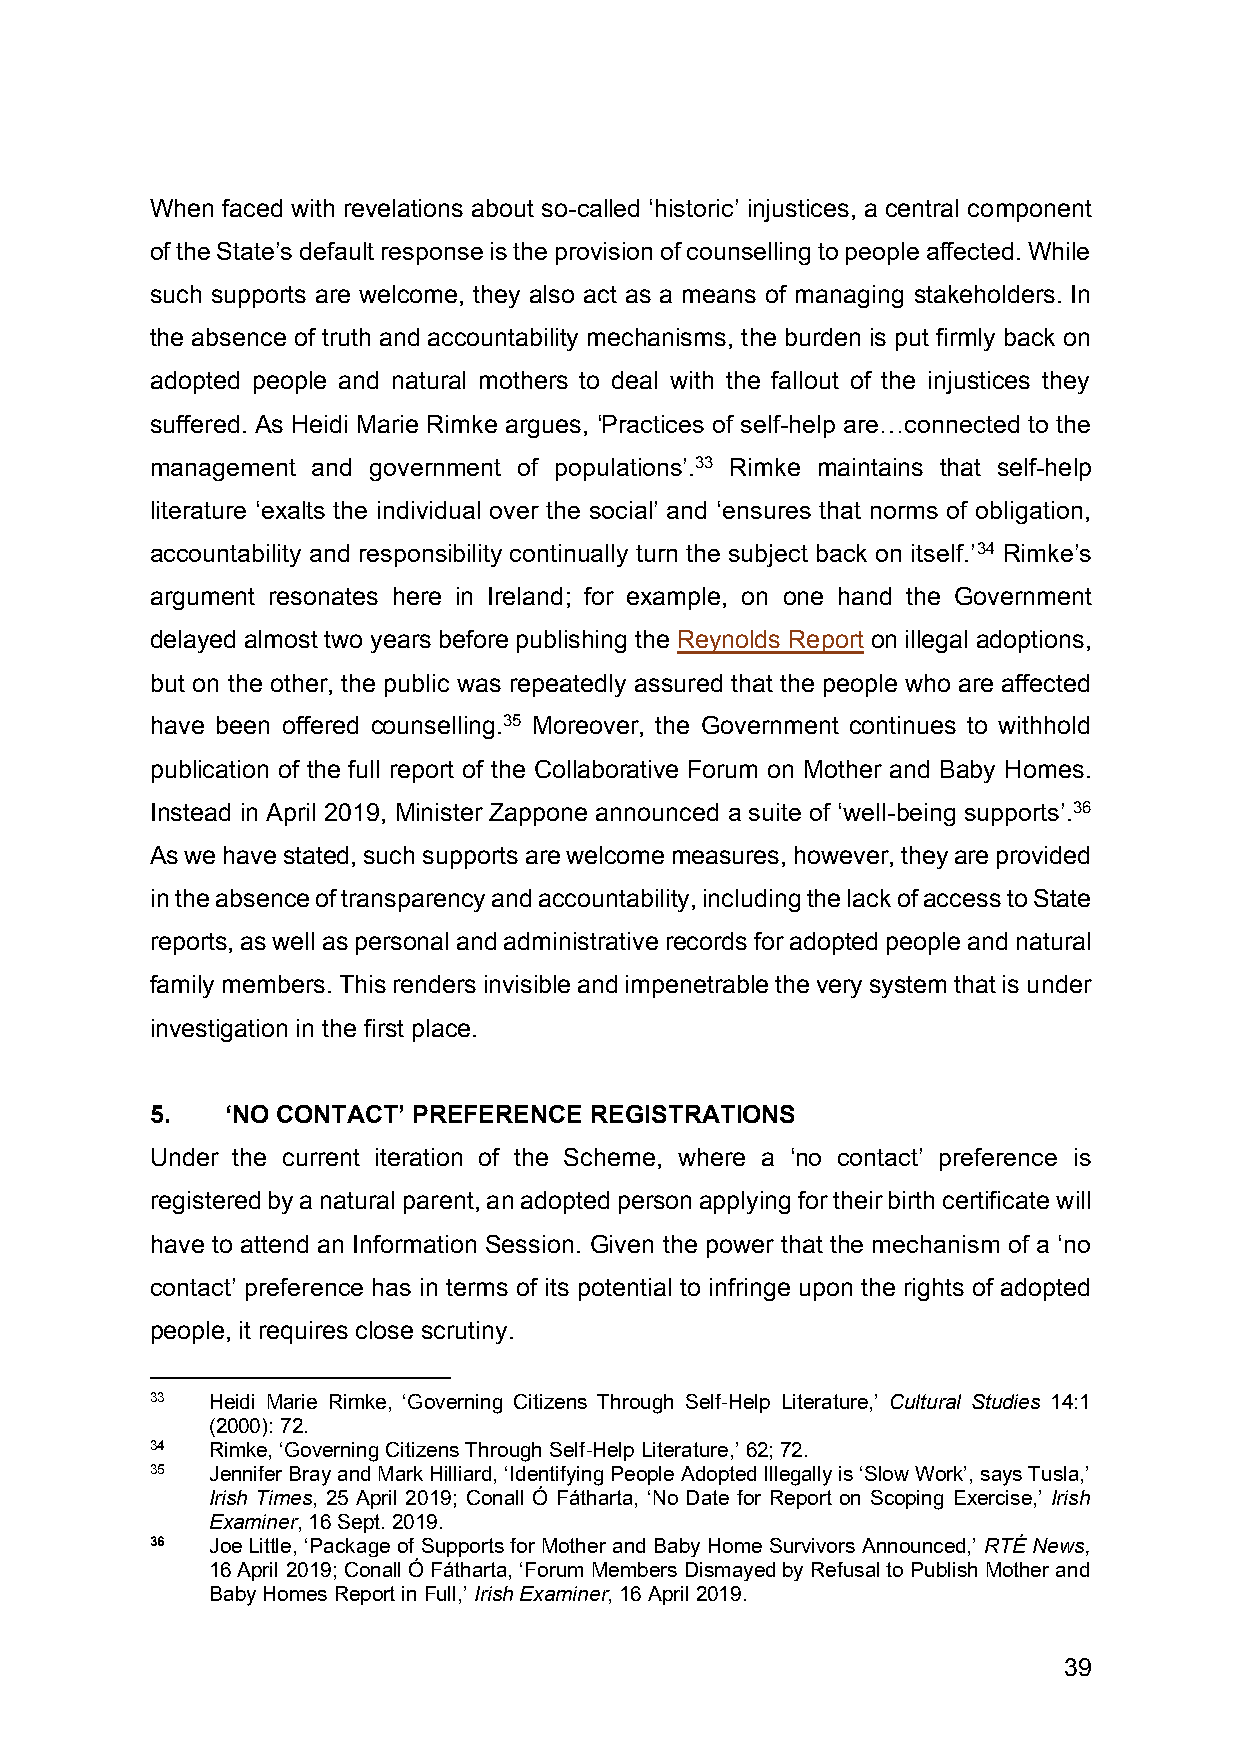
When faced with revelations about so-called ‘historic’ injustices, a central component
 of the State’s default response is the provision of counselling to people affected. While
 such supports are welcome, they also act as a means of managing stakeholders. In
 the absence of truth and accountability mechanisms, the burden is put firmly back on
 adopted people and natural mothers to deal with the fallout of the injustices they
 suffered. As Heidi Marie Rimke argues, ‘Practices of self-help are…connected to the
 management and government of populations’.33 Rimke maintains that self-help
 literature ‘exalts the individual over the social’ and ‘ensures that norms of obligation,
 accountability and responsibility continually turn the subject back on itself.’34 Rimke’s
 argument resonates here in Ireland; for example, on one hand the Government
 delayed almost two years before publishing the Reynolds Report on illegal adoptions,
 but on the other, the public was repeatedly assured that the people who are affected
 have been offered counselling.35 Moreover, the Government continues to withhold
 publication of the full report of the Collaborative Forum on Mother and Baby Homes.
 Instead in April 2019, Minister Zappone announced a suite of ‘well-being supports’.36
 As we have stated, such supports are welcome measures, however, they are provided
 in the absence of transparency and accountability, including the lack of access to State
 reports, as well as personal and administrative records for adopted people and natural
 family members. This renders invisible and impenetrable the very system that is under
 investigation in the first place.
 5.   ‘NO CONTACT’ PREFERENCE REGISTRATIONS
 Under the current iteration of the Scheme, where a ‘no contact’ preference is
 registered by a natural parent, an adopted person applying for their birth certificate will
 have to attend an Information Session. Given the power that the mechanism of a ‘no
 contact’ preference has in terms of its potential to infringe upon the rights of adopted
 people, it requires close scrutiny.
 33  Heidi Marie Rimke, ‘Governing Citizens Through Self-Help Literature,’ Cultural Studies 14:1
 (2000): 72.
 34  Rimke, ‘Governing Citizens Through Self-Help Literature,’ 62; 72.
 35  Jennifer Bray and Mark Hilliard, ‘Identifying People Adopted Illegally is ‘Slow Work’, says Tusla,’
 Irish Times, 25 April 2019; Conall Ó Fátharta, ‘No Date for Report on Scoping Exercise,’ Irish
 Examiner, 16 Sept. 2019.
 36  Joe Little, ‘Package of Supports for Mother and Baby Home Survivors Announced,’ RTÉ News,
 16 April 2019; Conall Ó Fátharta, ‘Forum Members Dismayed by Refusal to Publish Mother and
 Baby Homes Report in Full,’ Irish Examiner, 16 April 2019.
 39